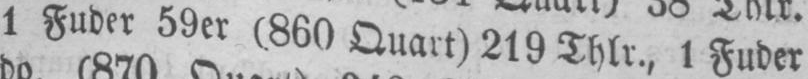
1 Fuder 59er (860 Quart) 219 Thlr, 1 Fuder